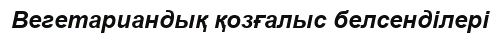
Вегетариандық қозғалыс белсенділері